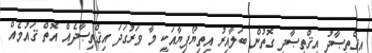
އިޤްތިޞާދު އިޤްތިޞާދީ ގޮތުން ބަލާއިރު އިތިޔޯޕިޔާއަކީ މާ ވަރުގަދަ އިޤްތިޞާދެއް އޮތް ޤައުމެއް